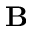
\textbf { B }